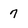
Character: 7